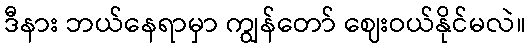
ဒီနား ဘယ်နေရာမှာ ကျွန်တော် ဈေးဝယ်နိုင်မလဲ။